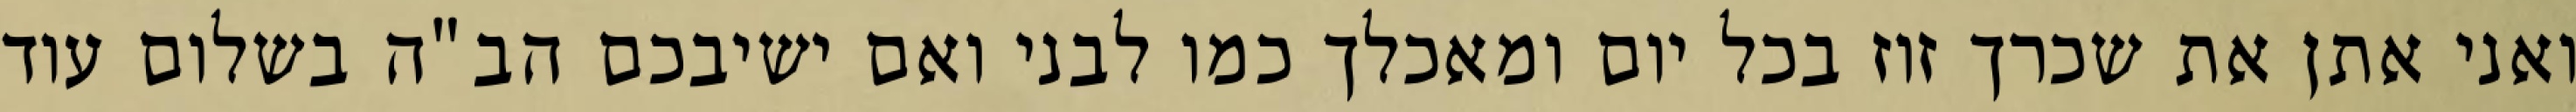
ואני אתן את שכרך זוז בכל יום ומאכלך כמו לבני ואם ישיבכם הב”ה בשלום עוד